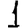
Digit: 1